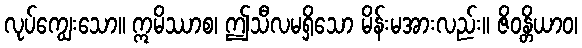
လုပ်ကျွေးသော။ ဣမိဿာစ၊ ဤသီလမရှိသော မိန်းမအားလည်း။ ဇိဝန္တိယာဝ၊